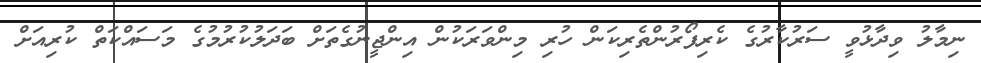
ނިމާލު ވިދާޅުވީ ސަރުކާރުގެ ކެރިފޯރުންތެރިކަން ހުރި މިންވަރަކުން އިންޖީނުގެތަށް ބަދަލުކުރުމުގެ މަސައްކަތް ކުރިއަށް